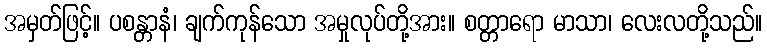
အမှတ်ဖြင့်။ ပစန္တာနံ၊ ချက်ကုန်သော အမှုလုပ်တို့အား။ စတ္တာရော မာသာ၊ လေးလတို့သည်။